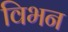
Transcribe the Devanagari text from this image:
विभन